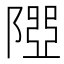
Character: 𨻉